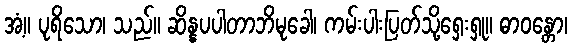
အံ့။ ပုရိသော၊ သည်။ ဆိန္နပပါတာဘိမုခေါ၊ ကမ်းပါးပြတ်သို့ရှေးရှု။ ဓာဝန္တော၊